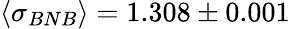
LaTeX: \langle\sigma_{BNB}\rangle=1.308\pm 0.001